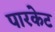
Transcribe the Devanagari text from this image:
पारकेट